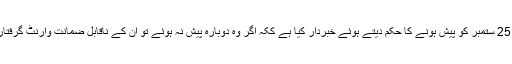
کمیشن نے عمران خان کو 25 ستمبر کو پیش ہونے کا حکم دیتے ہوئے خبردار کیا ہے ککہ اگر وہ دوبارہ پیش نہ ہوئے تو ان کے ناقابلِ ضمانت وارنٹ گرفتاری جاری کیے جائیں گے۔